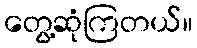
တွေ့ဆုံကြတယ်။